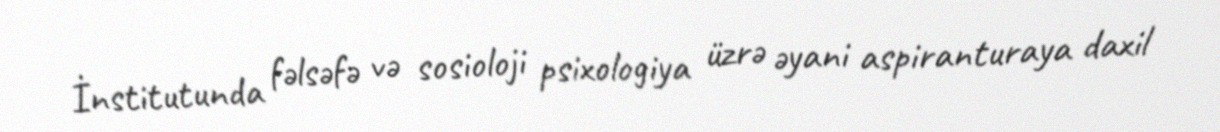
İnstitutunda fəlsəfə və sosioloji psixologiya üzrə əyani aspiranturaya daxil